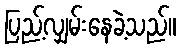
ပြည့်လျှမ်းနေခဲ့သည်။